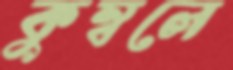
কুম্বলে